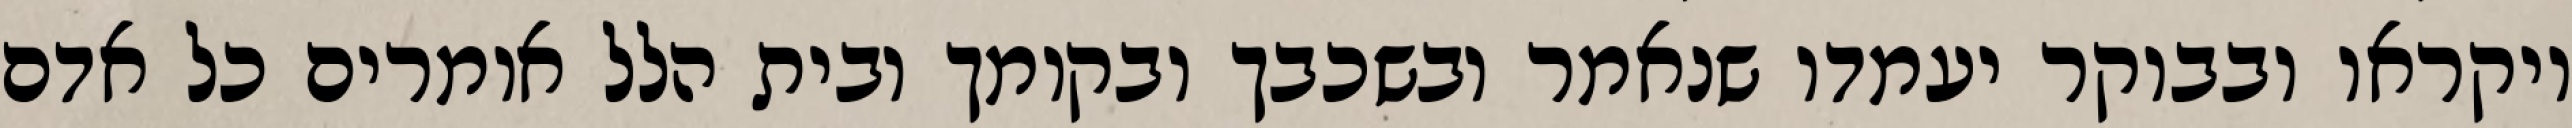
ויקראו ובבוקר יעמדו שנאמר ובשכבך ובקומך ובית הלל אומרים כל אדם